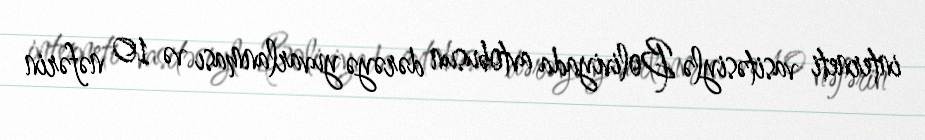
interneti vasitəsiylə Boliviyada avtobusun dərəyə yuvarlanması və 10 nəfərin